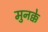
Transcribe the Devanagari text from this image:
मुनक्के